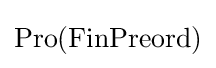
\operatorname {Pro} (\operatorname {FinPreord} )